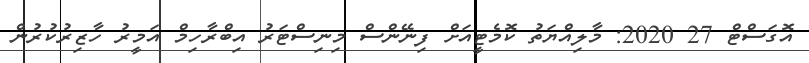
އޮގަސްޓް 27 2020: މާލިއްޔަތު ކޮމެޓީއަށް ފިނޭންސް މިނިސްޓަރު އިބްރާހިމް އަމީރު ހާޒިރުކުރުން